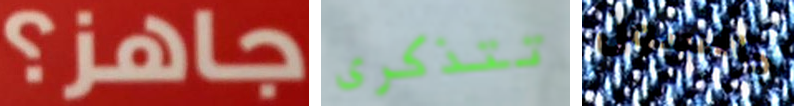
جاهز؟ تتذكرى جالسون